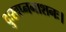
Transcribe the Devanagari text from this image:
दुःस्वप्ननाशनः।